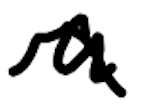
Text: a
Cross-out: wave
Writing tool: digital_black